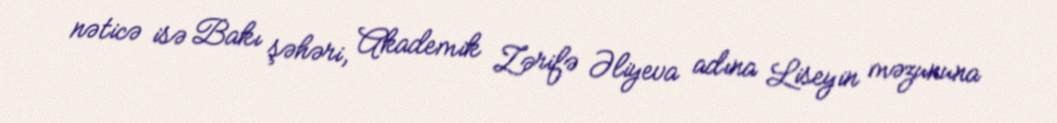
nəticə isə Bakı şəhəri, Akademik Zərifə Əliyeva adına Liseyin məzununa